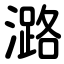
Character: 潞